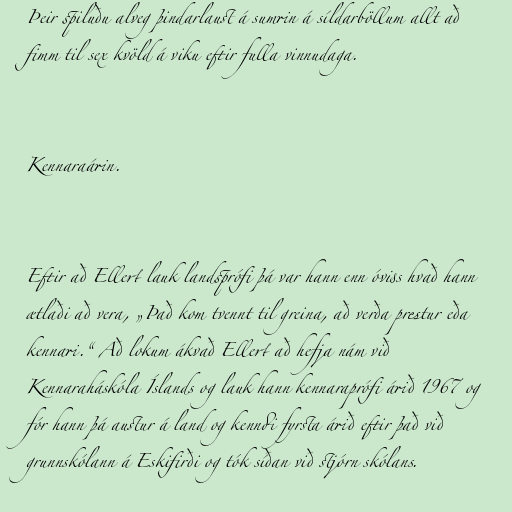
Þeir spiluðu alveg þindarlaust á sumrin á síldarböllum allt að
fimm til sex kvöld á viku eftir fulla vinnudaga.

Kennaraárin.

Eftir að Ellert lauk landsprófi þá var hann enn óviss hvað hann
ætlaði að vera, „Það kom tvennt til greina, að verða prestur eða
kennari.“ Að lokum ákvað Ellert að hefja nám við
Kennaraháskóla Íslands og lauk hann kennaraprófi árið 1967 og
fór hann þá austur á land og kenndi fyrsta árið eftir það við
grunnskólann á Eskifirði og tók síðan við stjórn skólans.